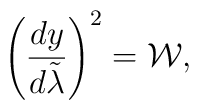
\left({{dy}\over{d\tilde{\lambda}}}\right)^2={\cal W},